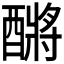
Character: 𮠿